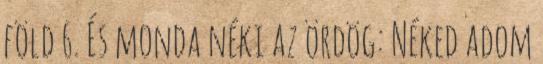
föld 6. És monda néki az ördög: Néked adom